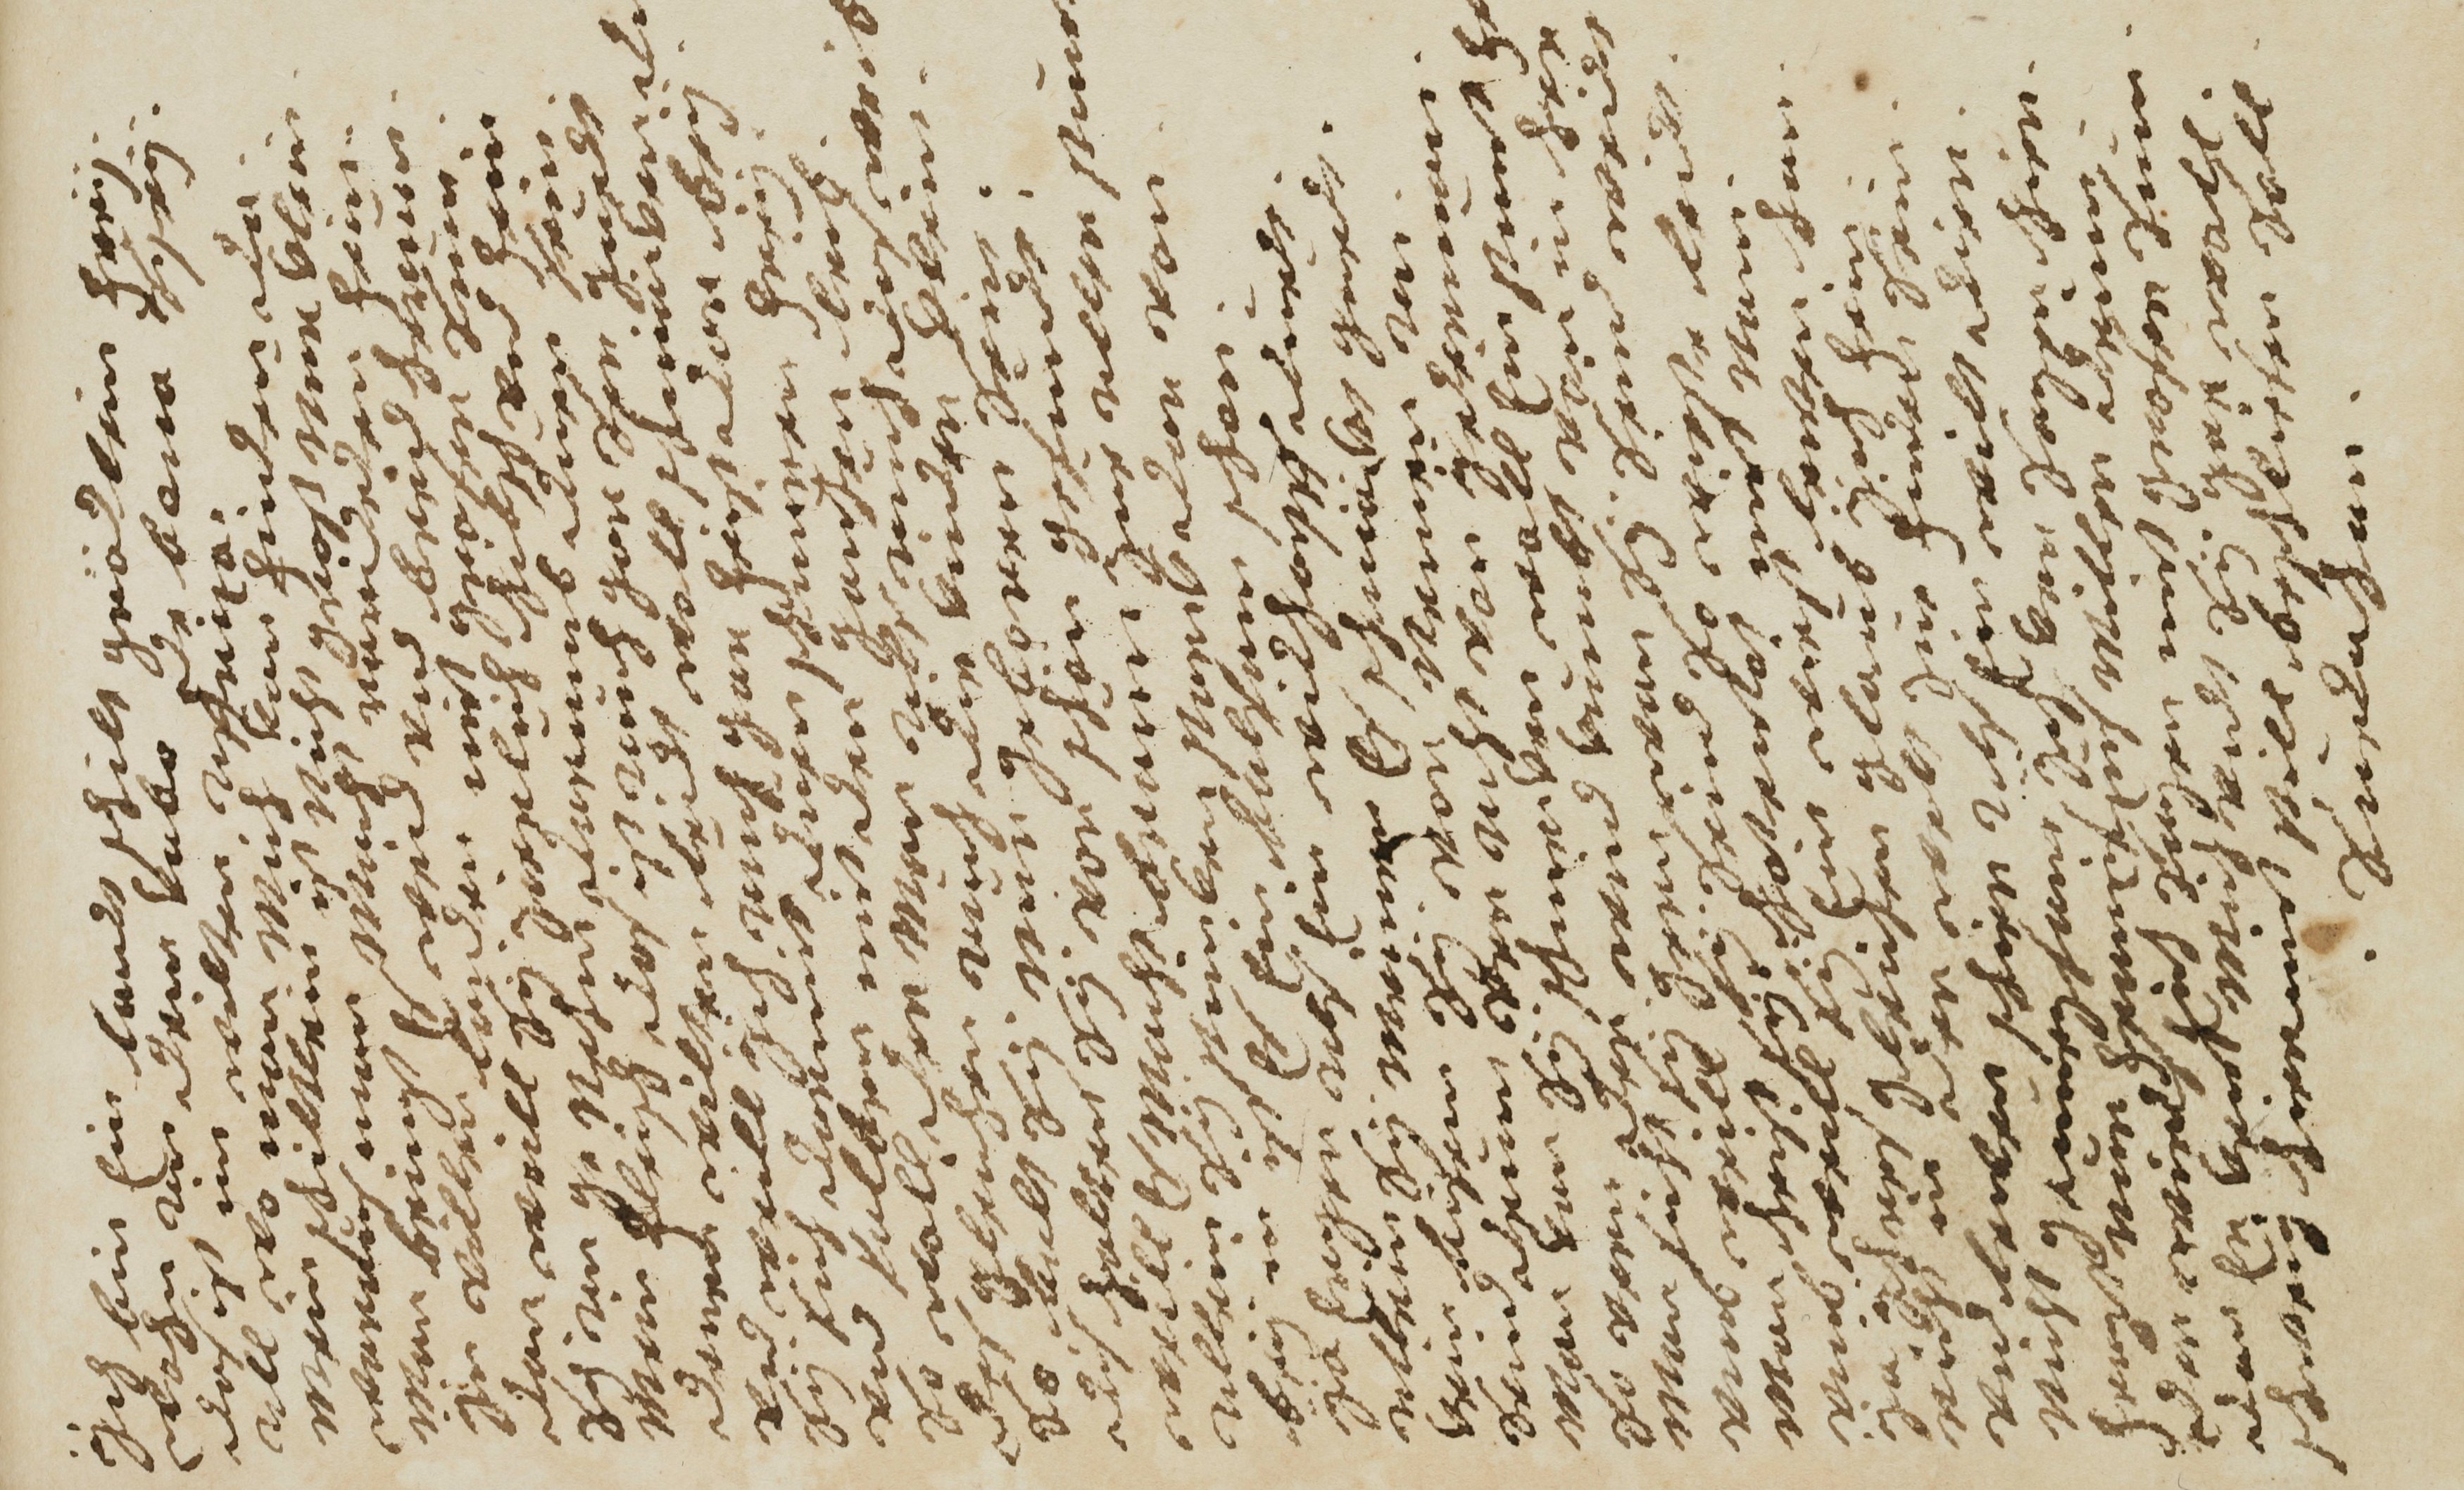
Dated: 1681–1681